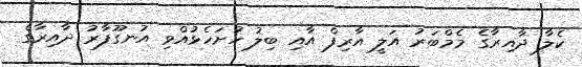
ކެލާ ދާއިރާގެ މެމްބަރު އަލީ އާރިފް އާއި ބިލު ހުށަހެޅުއްވި އުނގޫފާރު ދާއިރާގެ